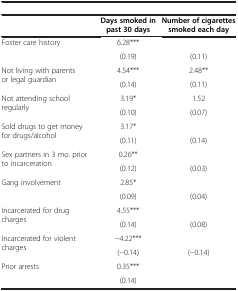
<table><thead><tr><td colspan="3">[EMPTY_CELL]</td></tr><tr><td>[EMPTY_CELL]</td><td><b>Days smoked in past 30 days</b></td><td><b>Number of cigarettes smoked each day</b></td></tr></thead><tbody><tr><td rowspan="2">Foster care history</td><td>6.28***</td><td>[EMPTY_CELL]</td></tr><tr><td>(0.19)</td><td>(0.11)</td></tr><tr><td rowspan="2">Not living with parents or legal guardian</td><td>4.54***</td><td>2.48**</td></tr><tr><td>(0.14)</td><td>(0.11)</td></tr><tr><td rowspan="2">Not attending school regularly</td><td>3.19*</td><td>1.52</td></tr><tr><td>(0.10)</td><td>(0.07)</td></tr><tr><td rowspan="2">Sold drugs to get money for drugs/alcohol</td><td>3.17*</td><td>[EMPTY_CELL]</td></tr><tr><td>(0.11)</td><td>(0.14)</td></tr><tr><td rowspan="2">Sex partners in 3 mo. prior to incarceration</td><td>0.26**</td><td>[EMPTY_CELL]</td></tr><tr><td>(0.12)</td><td>(0.03)</td></tr><tr><td rowspan="2">Gang involvement</td><td>2.85*</td><td>[EMPTY_CELL]</td></tr><tr><td>(0.09)</td><td>(0.04)</td></tr><tr><td rowspan="2">Incarcerated for drug charges</td><td>4.55***</td><td>[EMPTY_CELL]</td></tr><tr><td>(0.14)</td><td>(0.08)</td></tr><tr><td rowspan="2">Incarcerated for violent charges</td><td>−4.22***</td><td>[EMPTY_CELL]</td></tr><tr><td>(−0.14)</td><td>(−0.14)</td></tr><tr><td>Prior arrests</td><td>0.35***</td><td>[EMPTY_CELL]</td></tr><tr><td>[EMPTY_CELL]</td><td>(0.14)</td><td>[EMPTY_CELL]</td></tr></tbody></table>